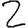
Digit: 2